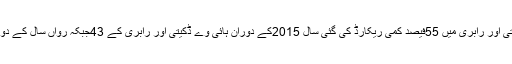
اسی طرح ہائی وے ڈکیتی اور رابری میں 55فیصد کمی ریکارڈ کی گئی سال 2015کے دوران ہائی وے ڈکیتی اور رابری کے 43جبکہ رواں سال کے دوران انکی تعداد19رہی ۔